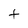
Character: f